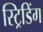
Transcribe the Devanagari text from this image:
स्ट्रिडिंग